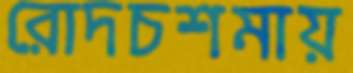
রোদচশমায়